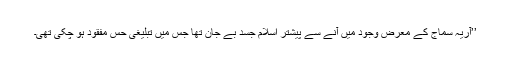
’’آریہ سماج کے معرض وجود میں آنے سے پیشتر اسلام جسد بے جان تھا جس میں تبلیغی حِس مفقود ہو چکی تھی۔